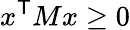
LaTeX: x^{\textsf{T}}Mx\geq 0